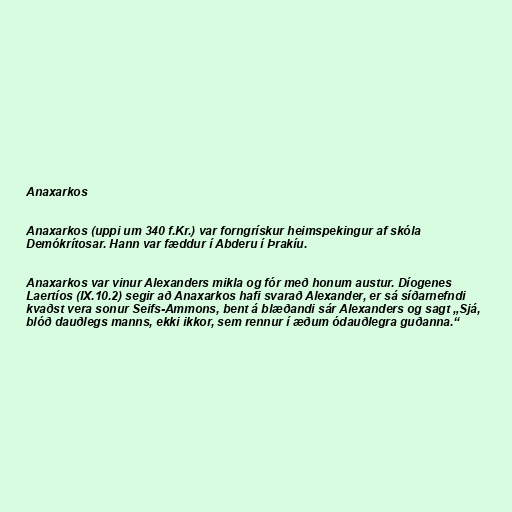
Anaxarkos

Anaxarkos (uppi um 340 f.Kr.) var forngrískur heimspekingur af skóla
Demókrítosar. Hann var fæddur í Abderu í Þrakíu.

Anaxarkos var vinur Alexanders mikla og fór með honum austur. Díogenes
Laertíos (IX.10.2) segir að Anaxarkos hafi svarað Alexander, er sá síðarnefndi
kvaðst vera sonur Seifs-Ammons, bent á blæðandi sár Alexanders og sagt „Sjá,
blóð dauðlegs manns, ekki ikkor, sem rennur í æðum ódauðlegra guðanna.“